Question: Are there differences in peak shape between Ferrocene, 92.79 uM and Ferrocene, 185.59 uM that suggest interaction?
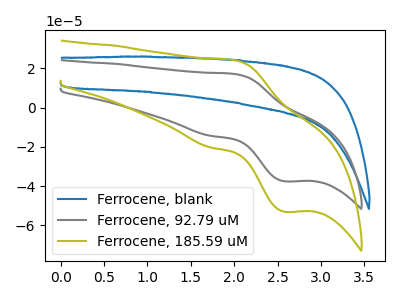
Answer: <think>The blue curve "Ferrocene, blank" has no peaks. The gray curve "Ferrocene, 92.79 uM" has an anodic peak at (2.00V, 17.05uA) and a cathodic peak at (2.60V, -37.55uA). The olive curve "Ferrocene, 185.59 uM" has an anodic peak at (2.00V, 24.05uA) and a cathodic peak at (2.60V, -53.00uA).
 All the peaks in "Ferrocene, 92.79 uM" have a peak in "Ferrocene, 185.59 uM" at the same potential. Every peak in "Ferrocene, 92.79 uM" is lower than every peak in "Ferrocene, 185.59 uM".</think>
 <answer>No, "Ferrocene, 92.79 uM" and "Ferrocene, 185.59 uM" don't appear to be significantly different in shape</answer>
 <eval>no_change</eval>